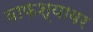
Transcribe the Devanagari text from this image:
वाफश्यावर